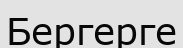
Бергерге